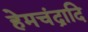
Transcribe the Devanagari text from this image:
हेमचंद्रादि